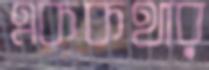
এককথার